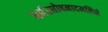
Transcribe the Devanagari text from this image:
घर्घरघोषनादमलिने